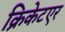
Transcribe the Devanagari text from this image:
क्रिकेटएर